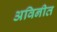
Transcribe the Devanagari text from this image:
अविनीत